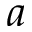
a